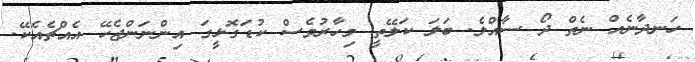
ހަނދާނެއް ނެތް ދޯ ސާއްލެ. ބަލަ ކަލޭތީ މިހާރުވެސް ކުޑަގޮޅީގަ އިންނަންޖެހޭ އެއްޗެއެކޭ.